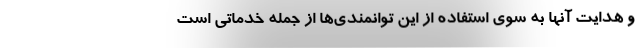
و هدایت آنها به سوی استفاده از این توانمندی‌ها از جمله خدماتی است